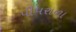
પીપરાળા